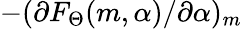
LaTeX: -(\partial{F_{\Theta}(m,\alpha)/\partial{\alpha}})_{m}